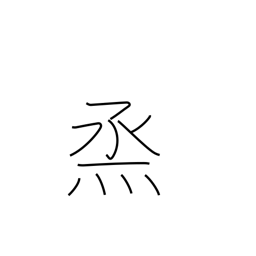
Meaning: to steam